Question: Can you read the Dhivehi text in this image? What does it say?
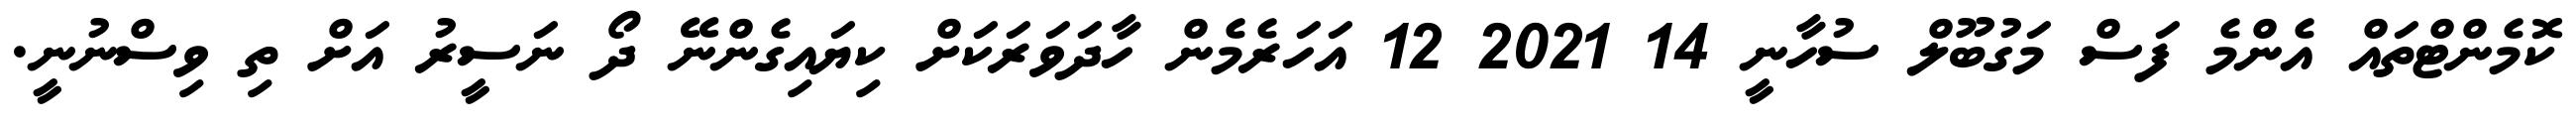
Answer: ކޮމެންޓްތައް އެންމެ ފަސް މަގުބޫލް ސުހާނީ 14 2021 12 އަހަރެމެން ހާދަވަރަކަށް ކިޔައިގެންނޭ ދޯ ނަސީރު އަށް ތި ވިސްނުނީ.